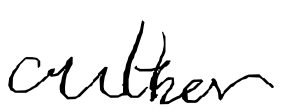
Text: author
Cross-out: clean
Writing tool: digital_black